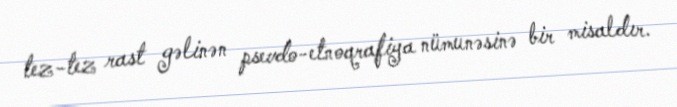
tez-tez rast gəlinən psevdo-etnoqrafiya nümunəsinə bir misaldır.